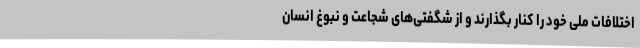
اختلافات ملی خود را کنار بگذارند و از شگفتی‌های شجاعت و نبوغ انسان